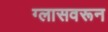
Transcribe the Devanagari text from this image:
ग्लासवरून